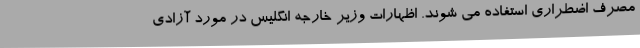
مصرف اضطراری استفاده می شوند. اظهارات وزیر خارجه انگلیس در مورد آزادی